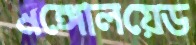
মঙ্গোলয়েড